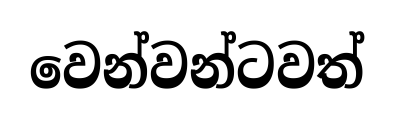
වෙන්වන්ටවත්